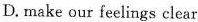
D. make our feelings elear